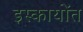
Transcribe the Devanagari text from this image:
इस्कायोंत